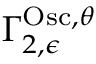
\Gamma _ { 2 , \epsilon } ^ { \mathrm { O s c } , \theta }